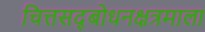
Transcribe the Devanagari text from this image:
चित्तसद्‍बोधनक्षत्रमाला